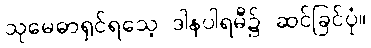
သုမေဓာရှင်ရသေ့ ဒါနပါရမီ၌ ဆင်ခြင်ပုံ။